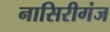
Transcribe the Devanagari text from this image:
नासिरीगंज